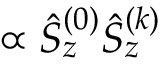
{ \propto \hat { S } _ { z } ^ { ( 0 ) } \hat { S } _ { z } ^ { ( k ) } }